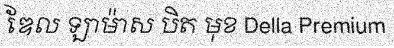
ឌែល ឡាម៉ាស បិត មុខ Della Premium